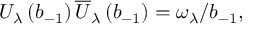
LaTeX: U _ { \lambda } \left( b _ { - 1 } \right) \overline { { { U } } } _ { \lambda } \left( b _ { - 1 } \right) = \omega _ { \lambda } \slash { b } _ { - 1 } ,